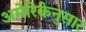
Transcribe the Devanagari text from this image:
अमेरिकेनुसार